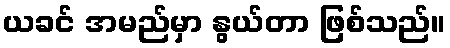
ယခင် အမည်မှာ နွယ်တာ ဖြစ်သည်။